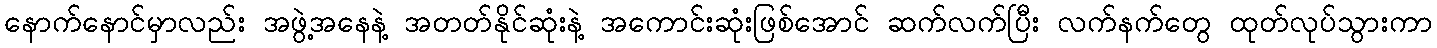
နောက်နောင်မှာလည်း အဖွဲ့အနေနဲ့ အတတ်နိုင်ဆုံးနဲ့ အကောင်းဆုံးဖြစ်အောင် ဆက်လက်ပြီး လက်နက်တွေ ထုတ်လုပ်သွားကာ